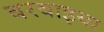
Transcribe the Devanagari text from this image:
बरबाइया